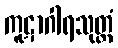
ကူဋာဂါရသုတ္တံ